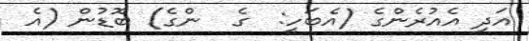
އަދި އެއުރެންގެ (އެބަހީ:  ގެ  ންގެ) ބޮޑުން (އެ